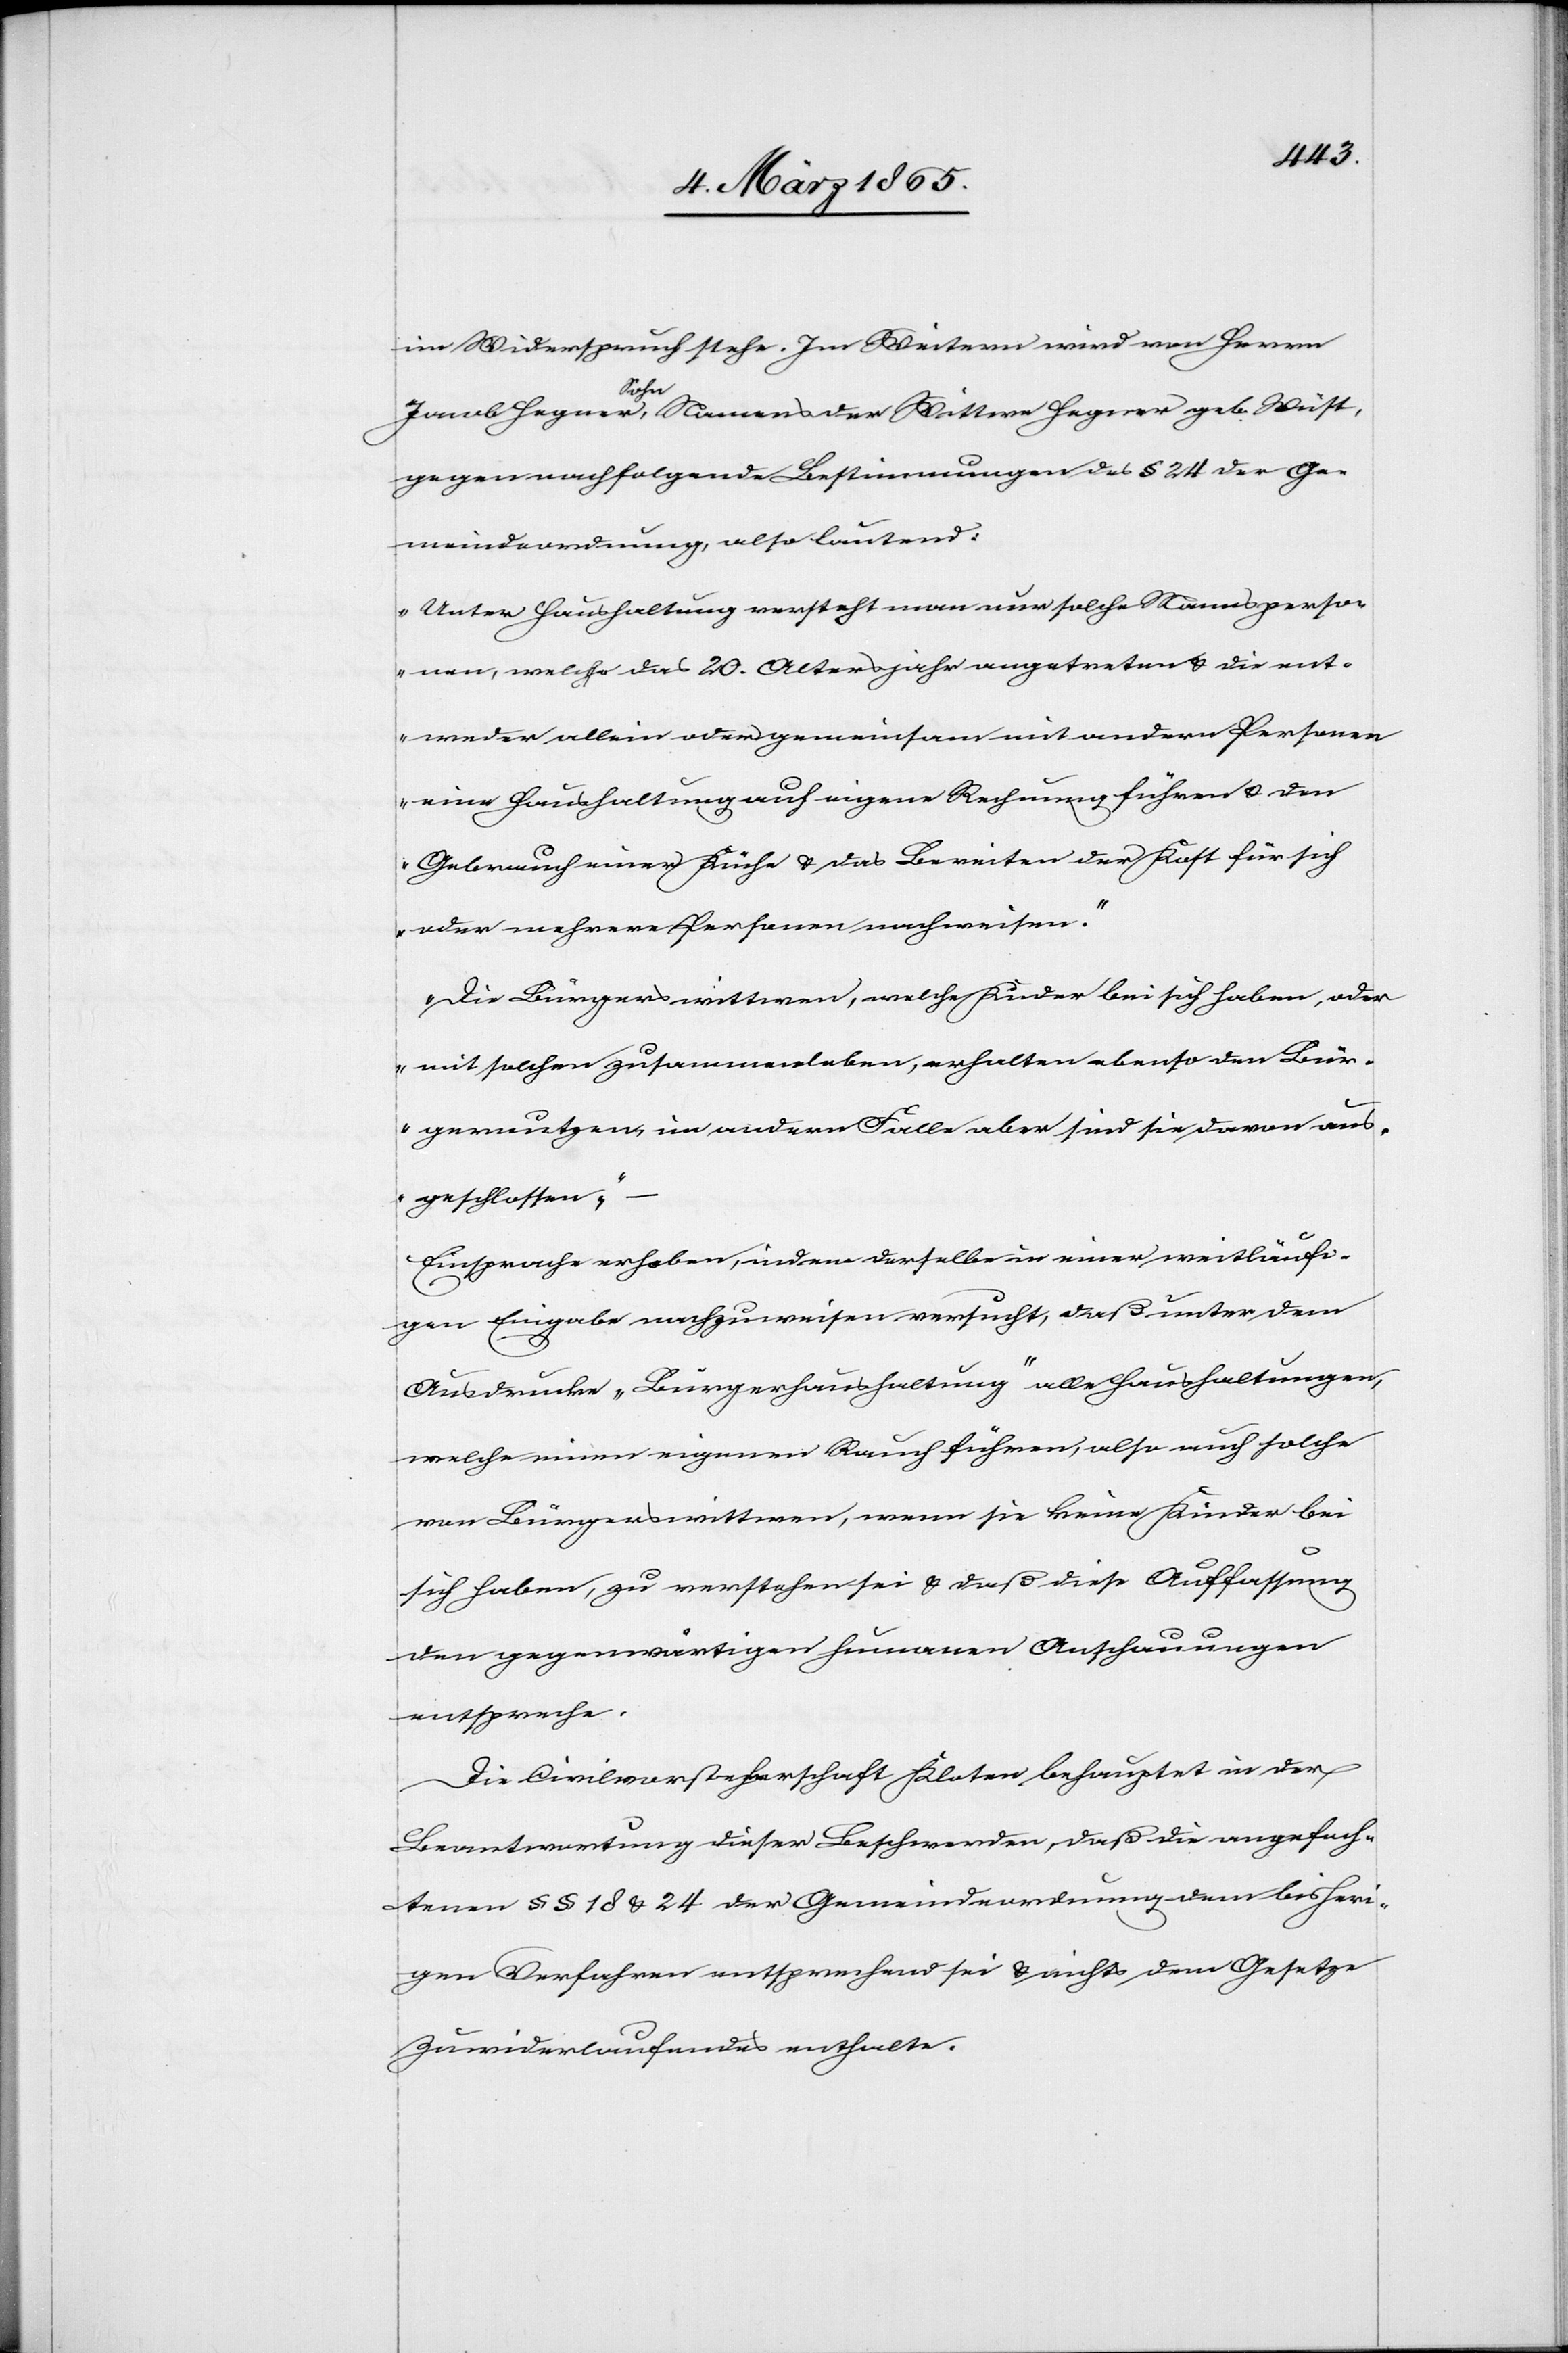
im Widerspruch stehe. Im Weitern wird von Herrn
Jacob Hegner, Sohn, Namens der Wittwe Hegner geb. Wüst,
gegen nachfolgende Bestimmungen des § 24 der Ge¬
meindeordnung, also lautend:
„Unter Haushaltung versteht man nur solche Namensperso¬
nen, welche das 20. Altersjahr angetreten u. die ent¬
weder allein oder gemeinsam mit andern Personen
eine Haushaltung auf eigene Rechnung führen u. den
Gebrauch einer Küche u. das Bereiten der Kost für sich
oder mehrere Personen nachweisen.“
„Die Bürgerswittwen, welche Kinder bei sich haben, oder
mit solchen zusammenleben, erhalten ebenso den Bür¬
gernutzen, im andern Falle aber sind sie davon aus¬
geschlossen,“
Einsprache erhoben, indem derselbe in einer weitläufi¬
gen Eingabe nachzuweisen versucht, daß unter dem
Ausdrucke „Bürgerhaushaltung“ alle Haushaltungen,
welche einen eigenen Rauch führen, also auch solche
von Bürgerswittwen, wenn sie keine Kinder bei
sich haben, zu verstehen sei u. daß diese Auffassung
den gegenwärtigen humanen Anschauungen
entspreche.
Die Civilvorsteherschaft Kloten behauptet in der
Beantwortung dieser Beschwerden, daß die angefoch¬
tenen § § 18 u. 24 der Gemeindeordnung dem bisheri¬
gen Verfahren entsprechend sei u. nichts dem Gesetze
Zuwiderlaufendes enthalte.